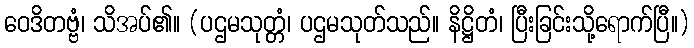
ဝေဒိတဗ္ဗံ၊ သိအပ်၏။ (ပဌမသုတ္တံ၊ ပဌမသုတ်သည်။ နိဋ္ဌိတံ၊ ပြီးခြင်းသို့ရောက်ပြီ။)